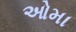
ઓમા